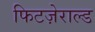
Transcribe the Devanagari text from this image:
फिटज़ेराल्ड